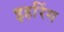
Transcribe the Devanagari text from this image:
इहरिंग